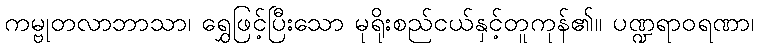
ကမ္ဗုတလာဘာသာ၊ ရွှေဖြင့်ပြီးသော မုရိုးစည်ငယ်နှင့်တူကုန်၏။ ပဏ္ဍရာဝရဏာ၊